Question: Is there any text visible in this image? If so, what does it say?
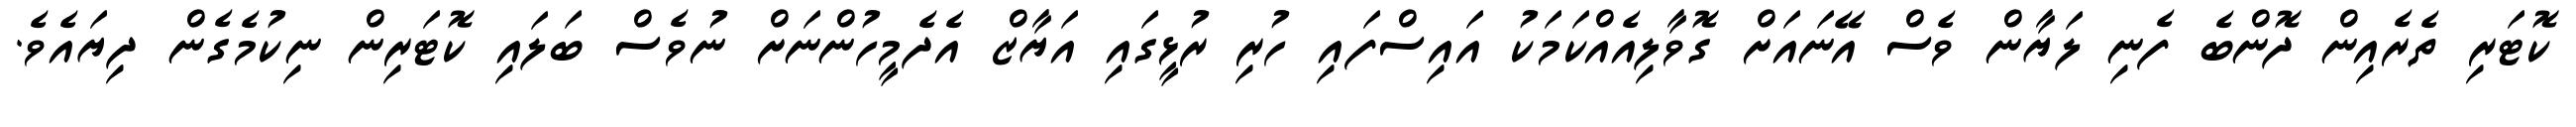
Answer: ކޮޓަރި ތެރެއިން ދޮންބެ ފެނި ލަޔާން ވެސް އޭނައަށް ގޮވާލިއެއްކަމަކު އައިސްފައި ހުރި ރުޅީގައި އަޔާޒް އެދެމީހުންނަށް ނުވެސް ބަލައި ކޮޓަރިން ނިކުމެގެން ދިޔައެވެ.